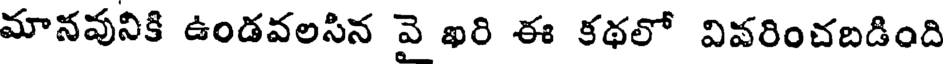
మానవునికి ఉండవలసిన వె ఖరి ఈ కథలో వివరించబడింది